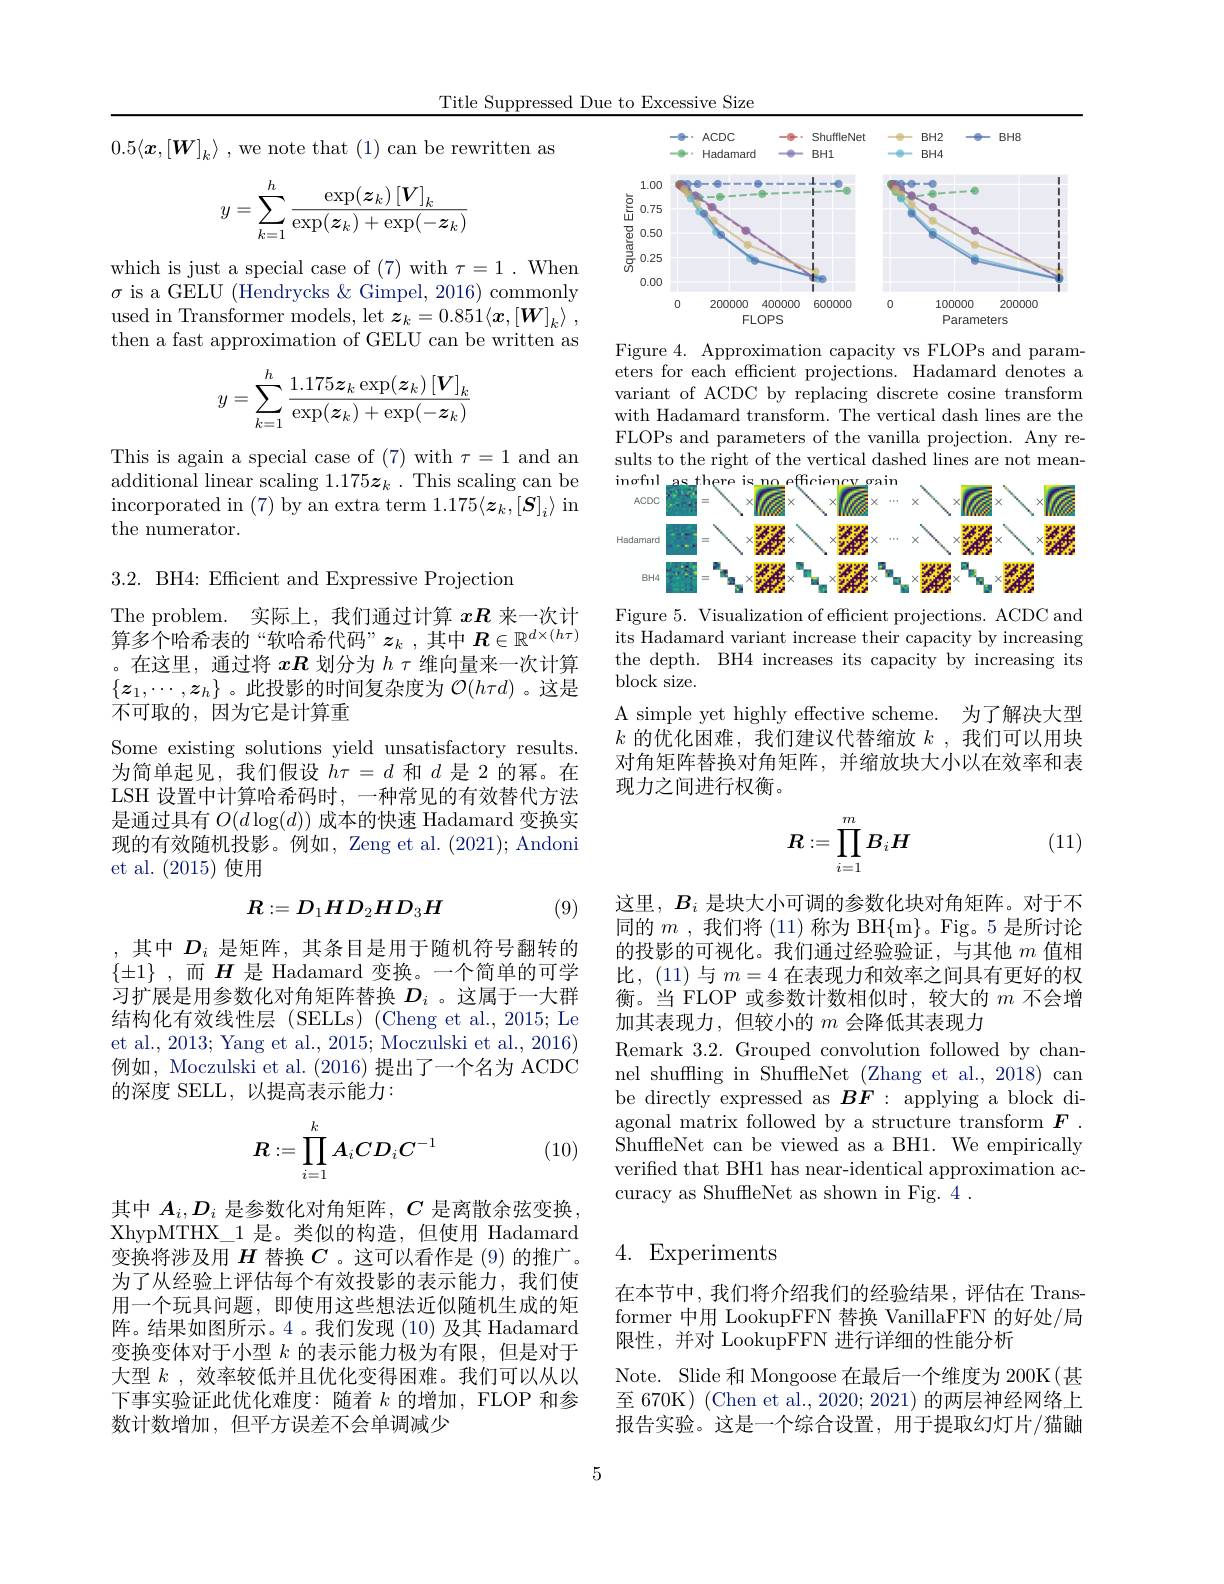
Title Suppressed Due to Excessive Size

$0.5\langle\boldsymbol{x},[\boldsymbol{W}]_k\rangle$ , we note that (1) can be rewritten as
$$\begin{aligned}y&=\sum_{k=1}^{h}\frac{\exp(z_{k})\left[\boldsymbol{V}\right]_{k}}{\exp(z_{k})+\exp(-\boldsymbol{z}_{k})}\end{aligned}$$
which is just a special case of (7) with $\tau=1.$ When $\sigma$ is a GELU (Hendrycks & Gimpel, 2016) commonly used in Transformer models, let $\boldsymbol{z}_k= 0. 851\langle \boldsymbol{x}, [ \boldsymbol{W}] _k\rangle$ , then a fast approximation of GELU can be written as
$$y=\sum_{k=1}^h\frac{1.175\boldsymbol{z}_k\exp(\boldsymbol{z}_k)\left[\boldsymbol{V}\right]_k}{\exp(\boldsymbol{z}_k)+\exp(-\boldsymbol{z}_k)}$$
This is again a special case of (7) with $\tau=1$ and an additional linear scaling $1.175\boldsymbol{z}_k.$ This scaling can be incorporated in (7) by an extra term $1.175\langle\boldsymbol z_k,[\boldsymbol{S}]_i\rangle$ in the numerator.

3.2. BH4: Efficient and Expressive Projection

The problem. 实际上，我们通过计算$xR$来一次计算多个哈希表的“软哈希代码”$z_k$ ,其中$\boldsymbol R\in\mathbb{R}^d\times(h\tau)$ ,在这里，通过将$x\boldsymbol{R}$划分为$h\tau$维向量来一次计算$\{z_1,\cdots,z_h\}$。此投影的时间复杂度为$\mathcal{O}(h\tau d)$ 。这是不可取的，因为它是计算重
Some existing solutions yield unsatisfactory results. 为简单起见，我们假设$h\tau=d$和$d$是 2 的幂。在LSH 设置中计算哈希码时，一种常见的有效替代方法是通过具有$O(d\log(d))$成本的快速 Hadamard 变换实现的有效随机投影。例如，Zeng et al. (2021); Andoni et al. (2015)使用
$$R:=D_1HD_2HD_3H$$
(9)

,其中$D_i$是矩阵，其条目是用于随机符号翻转的$\{\pm1\}$ ,而$H$是 Hadamard 变换。一个简单的可学习扩展是用参数化对角矩阵替换$D_i$ 。这属于一大群结构化有效线性层 (SELLs) (Cheng et al., 2015; Le et al., 2013; Yang et al., 2015; Moczulski et al., 2016) 例如，Moczulski et al. (2016)提出了一个名为 ACDC 的深度 SELL, 以提高表示能力：
$$R:=\prod\limits_{i=1}^kA_iCD_iC^{-1}$$
(10)

其中$A_i,D_i$是参数化对角矩阵，$C$是离散余弦变换， XhypMTHX\_1 是。类似的构造，但使用 Hadamard 变换将涉及用$H$替换$C$ 。这可以看作是 (9) 的推广。为了从经验上评估每个有效投影的表示能力，我们使用一个玩具问题，即使用这些想法近似随机生成的矩阵。结果如图所示。4 。我们发现 (10) 及其 Hadamard 变换变体对于小型$k$的表示能力极为有限，但是对于大型$k$ ,效率较低并且优化变得困难。我们可以从以下事实验证此优化难度：随着$k$的增加，FLOP 和参数计数增加，但平方误差不会单调减少

<FigureHere>

Figure 4. Approximation capacity vs FLOPs and parameters for each efficient projections. Hadamard denotes a variant of ACDC by replacing discrete cosine transform with Hadamard transform. The vertical dash lines are the FLOPs and parameters of the vanilla projection. Any results to the right of the vertical dashed lines are not mean-

<FigureHere>

Figure 5. Visualization of efficient projections. ACDC and its Hadamard variant increase their capacity by increasing the depth. BH4 increases its capacity by increasing its block size.
A simple yet highly effective scheme. 为了解决大型$k$的优化困难，我们建议代替缩放$k$ ,我们可以用块对角矩阵替换对角矩阵，并缩放块大小以在效率和表现力之间进行权衡。
$$R:=\prod_{i=1}^mB_iH$$
(11)

这里，$B_i$是块大小可调的参数化块对角矩阵。对于不同的$m$ , 我们将 (11) 称为 BH$\{\mathfrak{m}\}$。Fig。5 是所讨论的投影的可视化。我们通过经验验证，与其他$m$值相比，(11)与$m=4$在表现力和效率之间具有更好的权衡。当 FLOP 或参数计数相似时，较大的$m$不会增加其表现力，但较小的$m$会降低其表现力
Remark 3.2. Grouped convolution followed by channel shuffling in ShuffleNet (Zhang et al., 2018) can be directly expressed as $B\vec{\boldsymbol{F}}:$ applying a block diagonal matrix followed by a structure transform $F.$ $\bar{\text{ShuffleNet can be viewed as a BH1. We empirically}}$ verified that BH1 has near-identical approximation accuracy as ShuffleNet as shown in Fig. 4 .

### 4. Experiments

在本节中，我们将介绍我们的经验结果，评估在 Trans former 中用 LookupFFN 替换 VanillaFFN 的好处/局限性，并对 LookupFFN 进行详细的性能分析
Note. Slide 和 Mongoose 在最后一个维度为 200K(甚至 670K) (Chen et al., 2020; 2021) 的两层神经网络上报告实验。这是一个综合设置，用于提取幻灯片/猫鼬

5